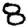
Digit: 8